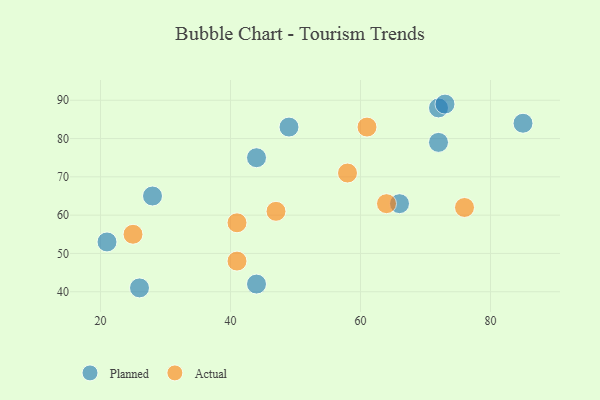
{"axis": {"x": "GDP", "y": "Life Expectancy"}, "legend": ["Actual", "Planned"], "data": [{"x": "26", "y": 41, "type": "Planned"}, {"x": "44", "y": 75, "type": "Planned"}, {"x": "44", "y": 42, "type": "Planned"}, {"x": "85", "y": 84, "type": "Planned"}, {"x": "49", "y": 83, "type": "Planned"}, {"x": "66", "y": 63, "type": "Planned"}, {"x": "28", "y": 65, "type": "Planned"}, {"x": "72", "y": 79, "type": "Planned"}, {"x": "21", "y": 53, "type": "Planned"}, {"x": "72", "y": 88, "type": "Planned"}, {"x": "73", "y": 89, "type": "Planned"}, {"x": "47", "y": 61, "type": "Actual"}, {"x": "61", "y": 83, "type": "Actual"}, {"x": "41", "y": 48, "type": "Actual"}, {"x": "58", "y": 71, "type": "Actual"}, {"x": "64", "y": 63, "type": "Actual"}, {"x": "25", "y": 55, "type": "Actual"}, {"x": "76", "y": 62, "type": "Actual"}, {"x": "41", "y": 58, "type": "Actual"}]}